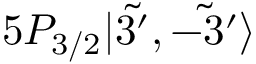
5 P _ { 3 / 2 } | \Tilde { 3 ^ { \prime } } , \Tilde { - 3 ^ { \prime } } \rangle